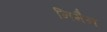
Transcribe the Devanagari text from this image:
निमैन